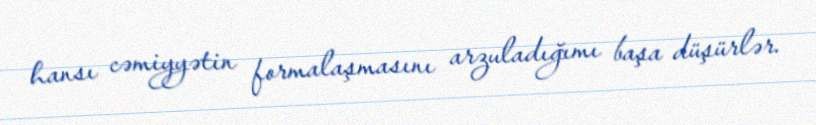
hansı cəmiyyətin formalaşmasını arzuladığımı başa düşürlər.